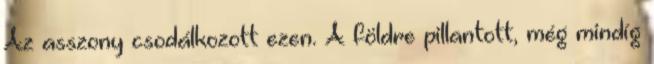
Az asszony csodálkozott ezen. A földre pillantott, még mindíg